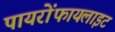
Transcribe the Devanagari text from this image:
पायरोंफायलाइट